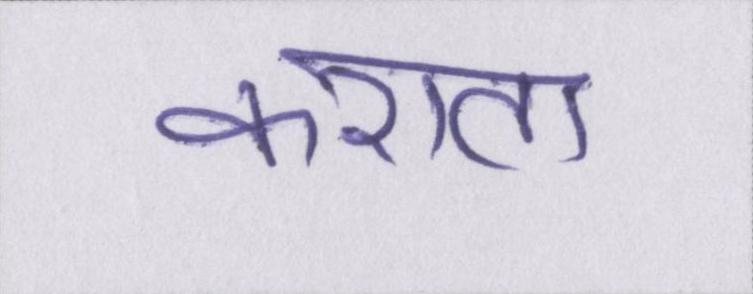
कराता